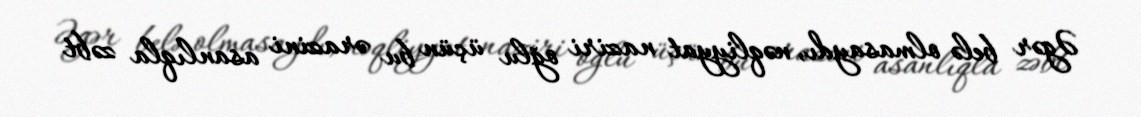
Əgər belə olmasaydı, nəqliyyat naziri oğlu üçün bu ərazini asanlıqla zəbt